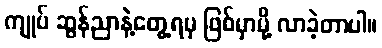
ကျုပ် ဆွန်ညာနဲ့တွေ့ရမှ ဖြစ်မှာမို့ လာခဲ့တာပါ။